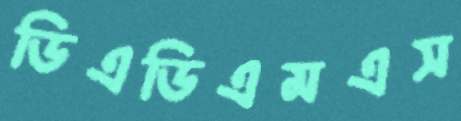
ডিএডিএমএস